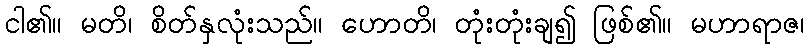
ငါ၏။ မတိ၊ စိတ်နှလုံးသည်။ ဟောတိ၊ တုံးတုံးချ၍ ဖြစ်၏။ မဟာရာဇ၊